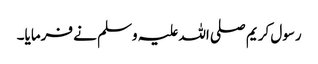
رسول کریم صلی اللہ علیہ وسلم نے فرمایا۔